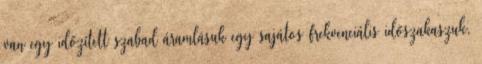
van egy időzített szabad áramlásuk egy sajátos frekvenciális időszakaszuk,